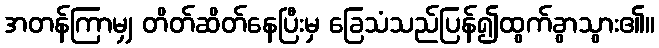
အတန်ကြာမျှ တိတ်ဆိတ်နေပြီးမှ ခြေသံသည်ပြန်၍ထွက်ခွာသွား၏။